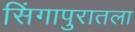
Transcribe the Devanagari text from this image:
सिंगापुरातला